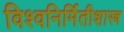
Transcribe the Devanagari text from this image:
विश्वनिर्मितीशास्त्र